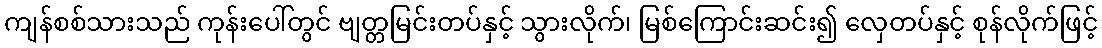
ကျန်စစ်သားသည် ကုန်းပေါ်တွင် ဗျတ္တမြင်းတပ်နှင့် သွားလိုက်၊ မြစ်ကြောင်းဆင်း၍ လှေတပ်နှင့် စုန်လိုက်ဖြင့်